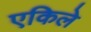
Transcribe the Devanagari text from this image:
एकिले